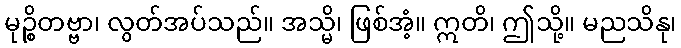
မုဉ္စိတဗ္ဗာ၊ လွတ်အပ်သည်။ အသ္မိ၊ ဖြစ်အံ့။ ဣတိ၊ ဤသို့။ မညသိနု၊